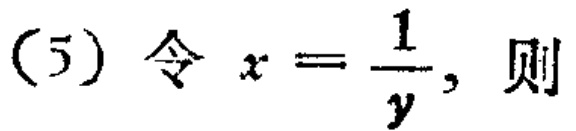
(5) 令 \(x = \frac{1}{y}\)，则